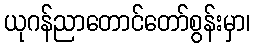
ယုဂန်ညာတောင်တော်စွန်းမှာ၊